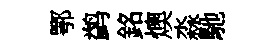
鄂鹢銘燠淼馳